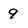
Character: 9